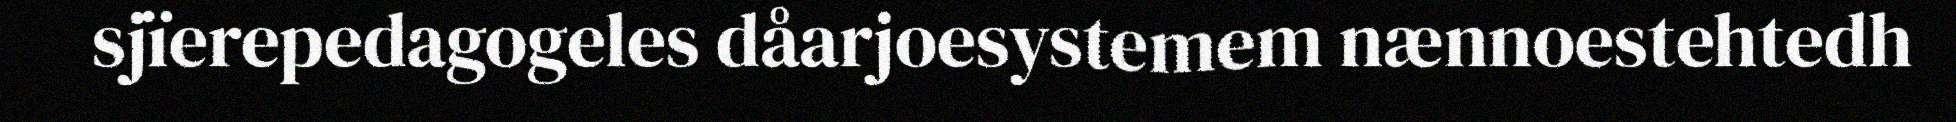
sjïerepedagogeles dåarjoesystemem nænnoestehtedh